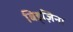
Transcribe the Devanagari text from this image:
बिड्ज़िना